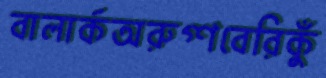
বালার্কঅরুগ্ণবেরিকুঁ